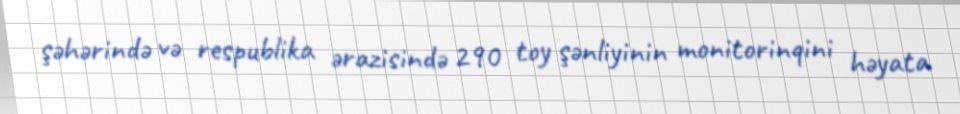
şəhərində və respublika ərazisində 290 toy şənliyinin monitorinqini həyata